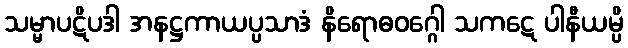
သမ္မာပဋိပဒါ အနဋ္ဌကာယပ္ပသာဒံ နိရောဓဝဂ္ဂေါ သကဋေ ပါနီယမ္ပိ